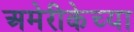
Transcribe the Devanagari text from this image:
अमेरीकेच्या